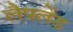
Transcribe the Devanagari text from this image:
लैपलेंड